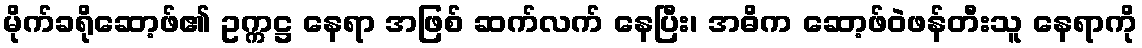
မိုက်ခရိုဆော့ဖ်၏ ဥက္ကဋ္ဌ နေရာ အဖြစ် ဆက်လက် နေပြီး၊ အဓိက ဆော့ဖ်ဝဲဖန်တီးသူ နေရာကို